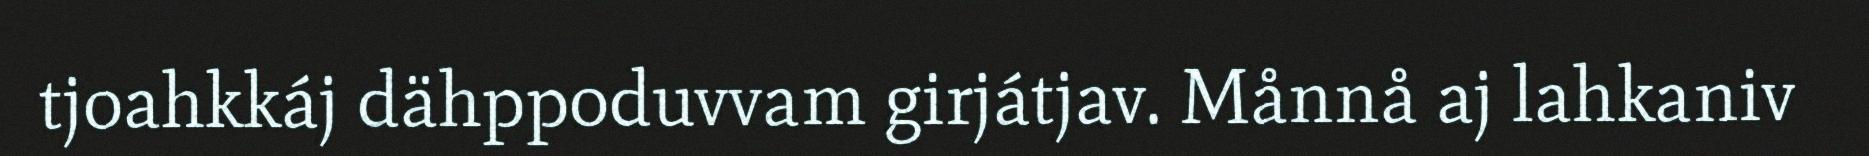
tjoahkkáj dähppoduvvam girjátjav. Månnå aj lahkaniv